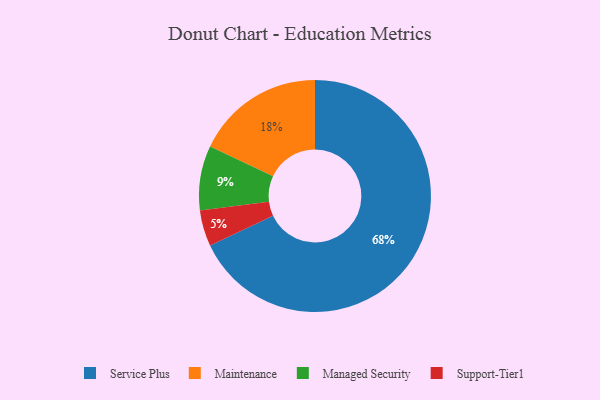
{"axis": {"x": "Category", "y": "Percentage"}, "legend": ["Maintenance", "Managed Security", "Service Plus", "Support-Tier1"], "data": [{"x": "Managed Security", "y": 9, "type": "Managed Security"}, {"x": "Maintenance", "y": 18, "type": "Maintenance"}, {"x": "Support-Tier1", "y": 5, "type": "Support-Tier1"}, {"x": "Service Plus", "y": 68, "type": "Service Plus"}]}